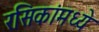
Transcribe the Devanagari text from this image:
रसिकांमध्ये